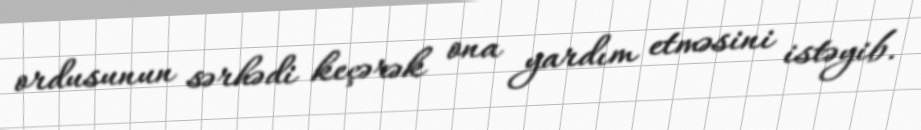
ordusunun sərhədi keçərək ona yardım etməsini istəyib.